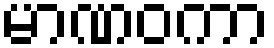
မာဏဝကာ